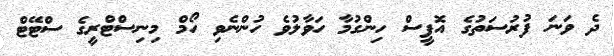
ދެ ވަނަ ފުރުސަތުގެ އޮފީސް ހިންގުމާ ހަވާލުވެ ހުންނެވި ހޯމް މިނިސްޓްރީގެ ސްޓޭޓް